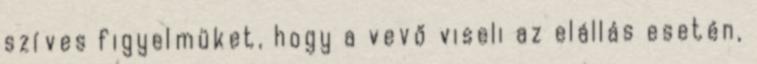
szíves figyelmüket, hogy a vevő viseli az elállás esetén,